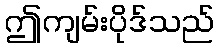
ဤကျမ်းပိုဒ်သည်